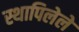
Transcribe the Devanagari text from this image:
स्थापिलेले